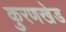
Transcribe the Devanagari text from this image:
कुरणखेड